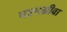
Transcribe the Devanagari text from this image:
पश्चग्रीवा